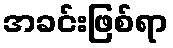
အခင်းဖြစ်ရာ